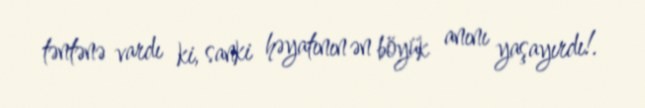
təntənə vardı ki, sanki həyatının ən böyük anını yaşayırdı!.